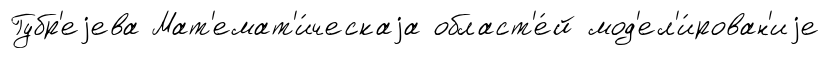
Губр'еjева Мат'емат'и́ческаjа област'е́й мод'ел'и́рован'иjе